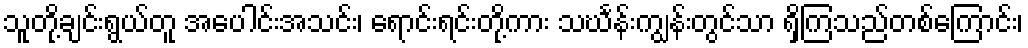
သူတို့ချင်းရွယ်တူ အပေါင်းအသင်း၊ ရောင်းရင်းတို့ကား သင်္ဃန်းကျွန်းတွင်သာ ရှိကြသည်တစ်ကြောင်း၊